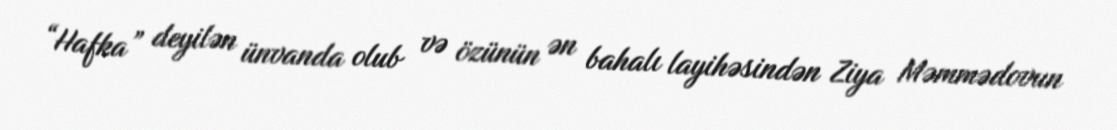
“Hafka” deyilən ünvanda olub və özünün ən bahalı layihəsindən Ziya Məmmədovun